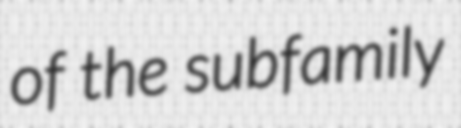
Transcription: of the subfamily